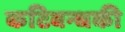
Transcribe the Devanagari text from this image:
कटिबन्धकी